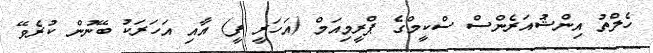
ހެލްތު އިންޝުއަރެންސް ސްކީމްގެ ޕްރީމިއަމް (އަހަރީ ފީ) އާއި އަހަރަކު ބޭނުން ކުރެވޭ